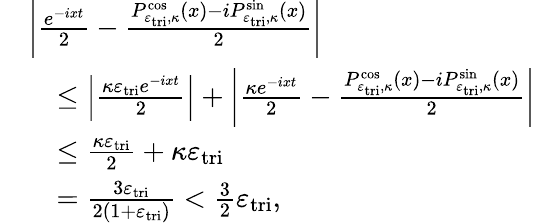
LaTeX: \begin{array}{rl}&{\left|\frac{e^{-ixt}}{2}-\frac{P_{\varepsilon_{\mathrm{tri}},\kappa}^{\cos}(x)-iP_{\varepsilon_{\mathrm{tri}},\kappa}^{\sin}(x)}{2}\right|}\\ &{\quad\leq\left|\frac{\kappa\varepsilon_{\mathrm{tri}}e^{-ixt}}{2}\right|+\left|\frac{\kappa e^{-ixt}}{2}-\frac{P_{\varepsilon_{\mathrm{tri}},\kappa}^{\cos}(x)-iP_{\varepsilon_{\mathrm{tri}},\kappa}^{\sin}(x)}{2}\right|}\\ &{\quad\leq\frac{\kappa\varepsilon_{\mathrm{tri}}}{2}+\kappa\varepsilon_{\mathrm{tri}}}\\ &{\quad=\frac{3\varepsilon_{\mathrm{tri}}}{2(1+\varepsilon_{\mathrm{tri}})}<\frac{3}{2}\varepsilon_{\mathrm{tri}},}\end{array}